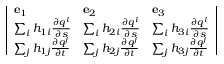
{ \left| \begin{array} { l l l } { \mathbf { e } _ { 1 } } & { \mathbf { e } _ { 2 } } & { \mathbf { e } _ { 3 } } \\ { \sum _ { i } h _ { 1 i } { \frac { \partial q ^ { i } } { \partial s } } } & { \sum _ { i } h _ { 2 i } { \frac { \partial q ^ { i } } { \partial s } } } & { \sum _ { i } h _ { 3 i } { \frac { \partial q ^ { i } } { \partial s } } } \\ { \sum _ { j } h _ { 1 j } { \frac { \partial q ^ { j } } { \partial t } } } & { \sum _ { j } h _ { 2 j } { \frac { \partial q ^ { j } } { \partial t } } } & { \sum _ { j } h _ { 3 j } { \frac { \partial q ^ { j } } { \partial t } } } \end{array} \right| }